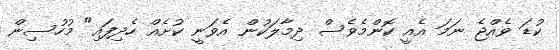
ކުޑަ ވެއްޖެ ނަމަ އެއީ ކޮންމެވެސް ދިމާލަކުން އެވަނީ ކުށެއް ހެދިފައި" މުހުސިން